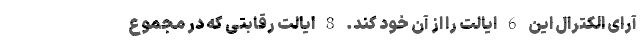
آرای الکترال این 6 ایالت را از آن خود کند. 8 ایالت رقابتی که در مجموع